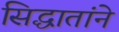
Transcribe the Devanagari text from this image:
सिद्धातांने